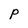
Character: p